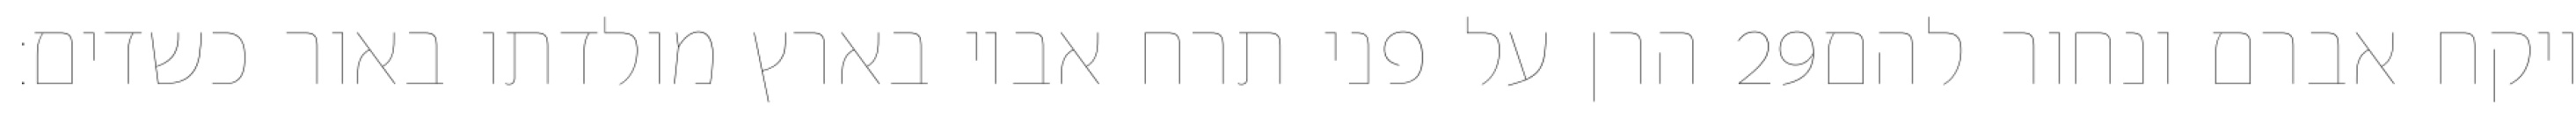
הרן על פני תרח אביו בארץ מולדתו באור כשדים׃ ‎29‏ ויקח אברם ונחור להם